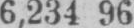
6,234 96